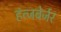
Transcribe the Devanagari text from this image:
हंत्जबेर्जर